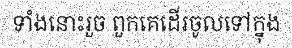
ទាំងនោះរួច ពួកគេដើរចូលទៅក្នុង